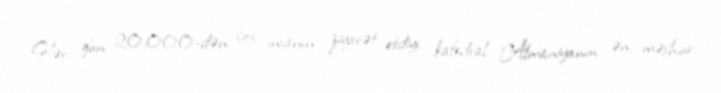
Hər gün 20,000-dən çox insanın ziyarət etdiyi kafedral Almaniyanın ən məşhur